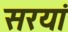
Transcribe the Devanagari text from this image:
सरयां